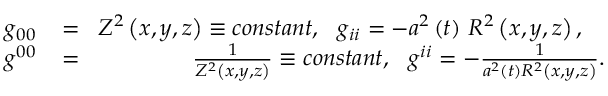
\begin{array} { r l r } { g _ { 0 0 } } & { { } \! = \! } & { Z ^ { 2 } \left( x , y , z \right) \equiv c o n s t a n t , ~ ~ g _ { i i } = - a ^ { 2 } \left( t \right) \, R ^ { 2 } \left( x , y , z \right) , ~ ~ ~ } \\ { g ^ { 0 0 } } & { { } \! = \! } & { \frac { 1 } { Z ^ { 2 } \left( x , y , z \right) } \equiv c o n s t a n t , ~ ~ g ^ { i i } = - \frac { 1 } { a ^ { 2 } \left( t \right) R ^ { 2 } \left( x , y , z \right) } . } \end{array}